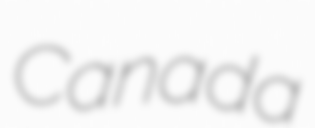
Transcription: Canada